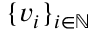
\{ v _ { i } \} _ { i \in \mathbb { N } }